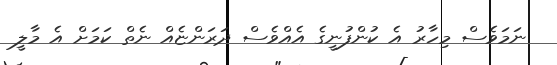
ނަމަވެސް މިހާރު އެ ކުންފުނީގެ އެއްވެސް ދަރަންޏެއް ނެތް ކަމަށް އެ މާލީ